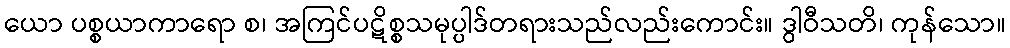
ယော ပစ္စယာကာရော စ၊ အကြင်ပဋိစ္စသမုပ္ပါဒ်တရားသည်လည်းကောင်း။ ဒွါဝီသတိ၊ ကုန်သော။